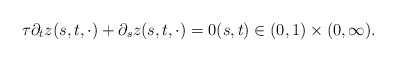
\begin{align*} \tau \partial_{t} z(s, t, \cdot) + \partial_{s} z(s, t, \cdot) = 0 (s, t) \in (0, 1) \times (0, \infty). \end{align*}